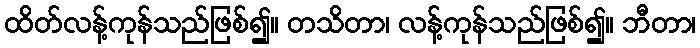
ထိတ်လန့်ကုန်သည်ဖြစ်၍။ တသိတာ၊ လန့်ကုန်သည်ဖြစ်၍။ ဘီတာ၊